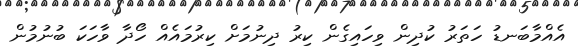
އެއްމާބަނޑު ހަތަރު ކުދިން ވިހައިގެން ކިރު ދިނުމަށް ކިރުމައެއް ހޯދާ ވާހަކަ ބުނުމުން